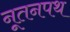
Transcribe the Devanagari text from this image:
नूतनपथ